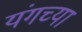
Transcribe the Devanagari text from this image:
यंगच्या